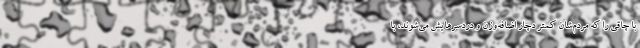
با چاقی را که مردم‌شان کمتر دچار اضافه‌وزن و دردسرهایش می‌شوند، با